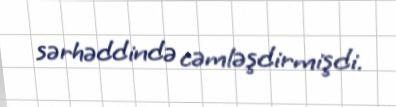
sərhəddində cəmləşdirmişdi.